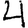
Digit: 4